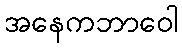
အနေကဘာဝေါ